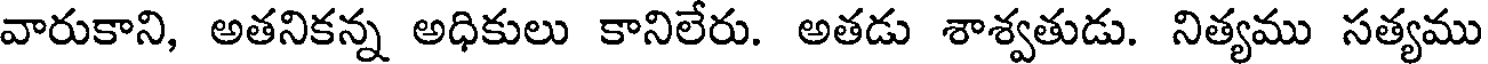
వారుకాని, అతనికన్న అధికులు కానిలేరు. అతడు శాశ్వతుడు. నిత్యము సత్యము